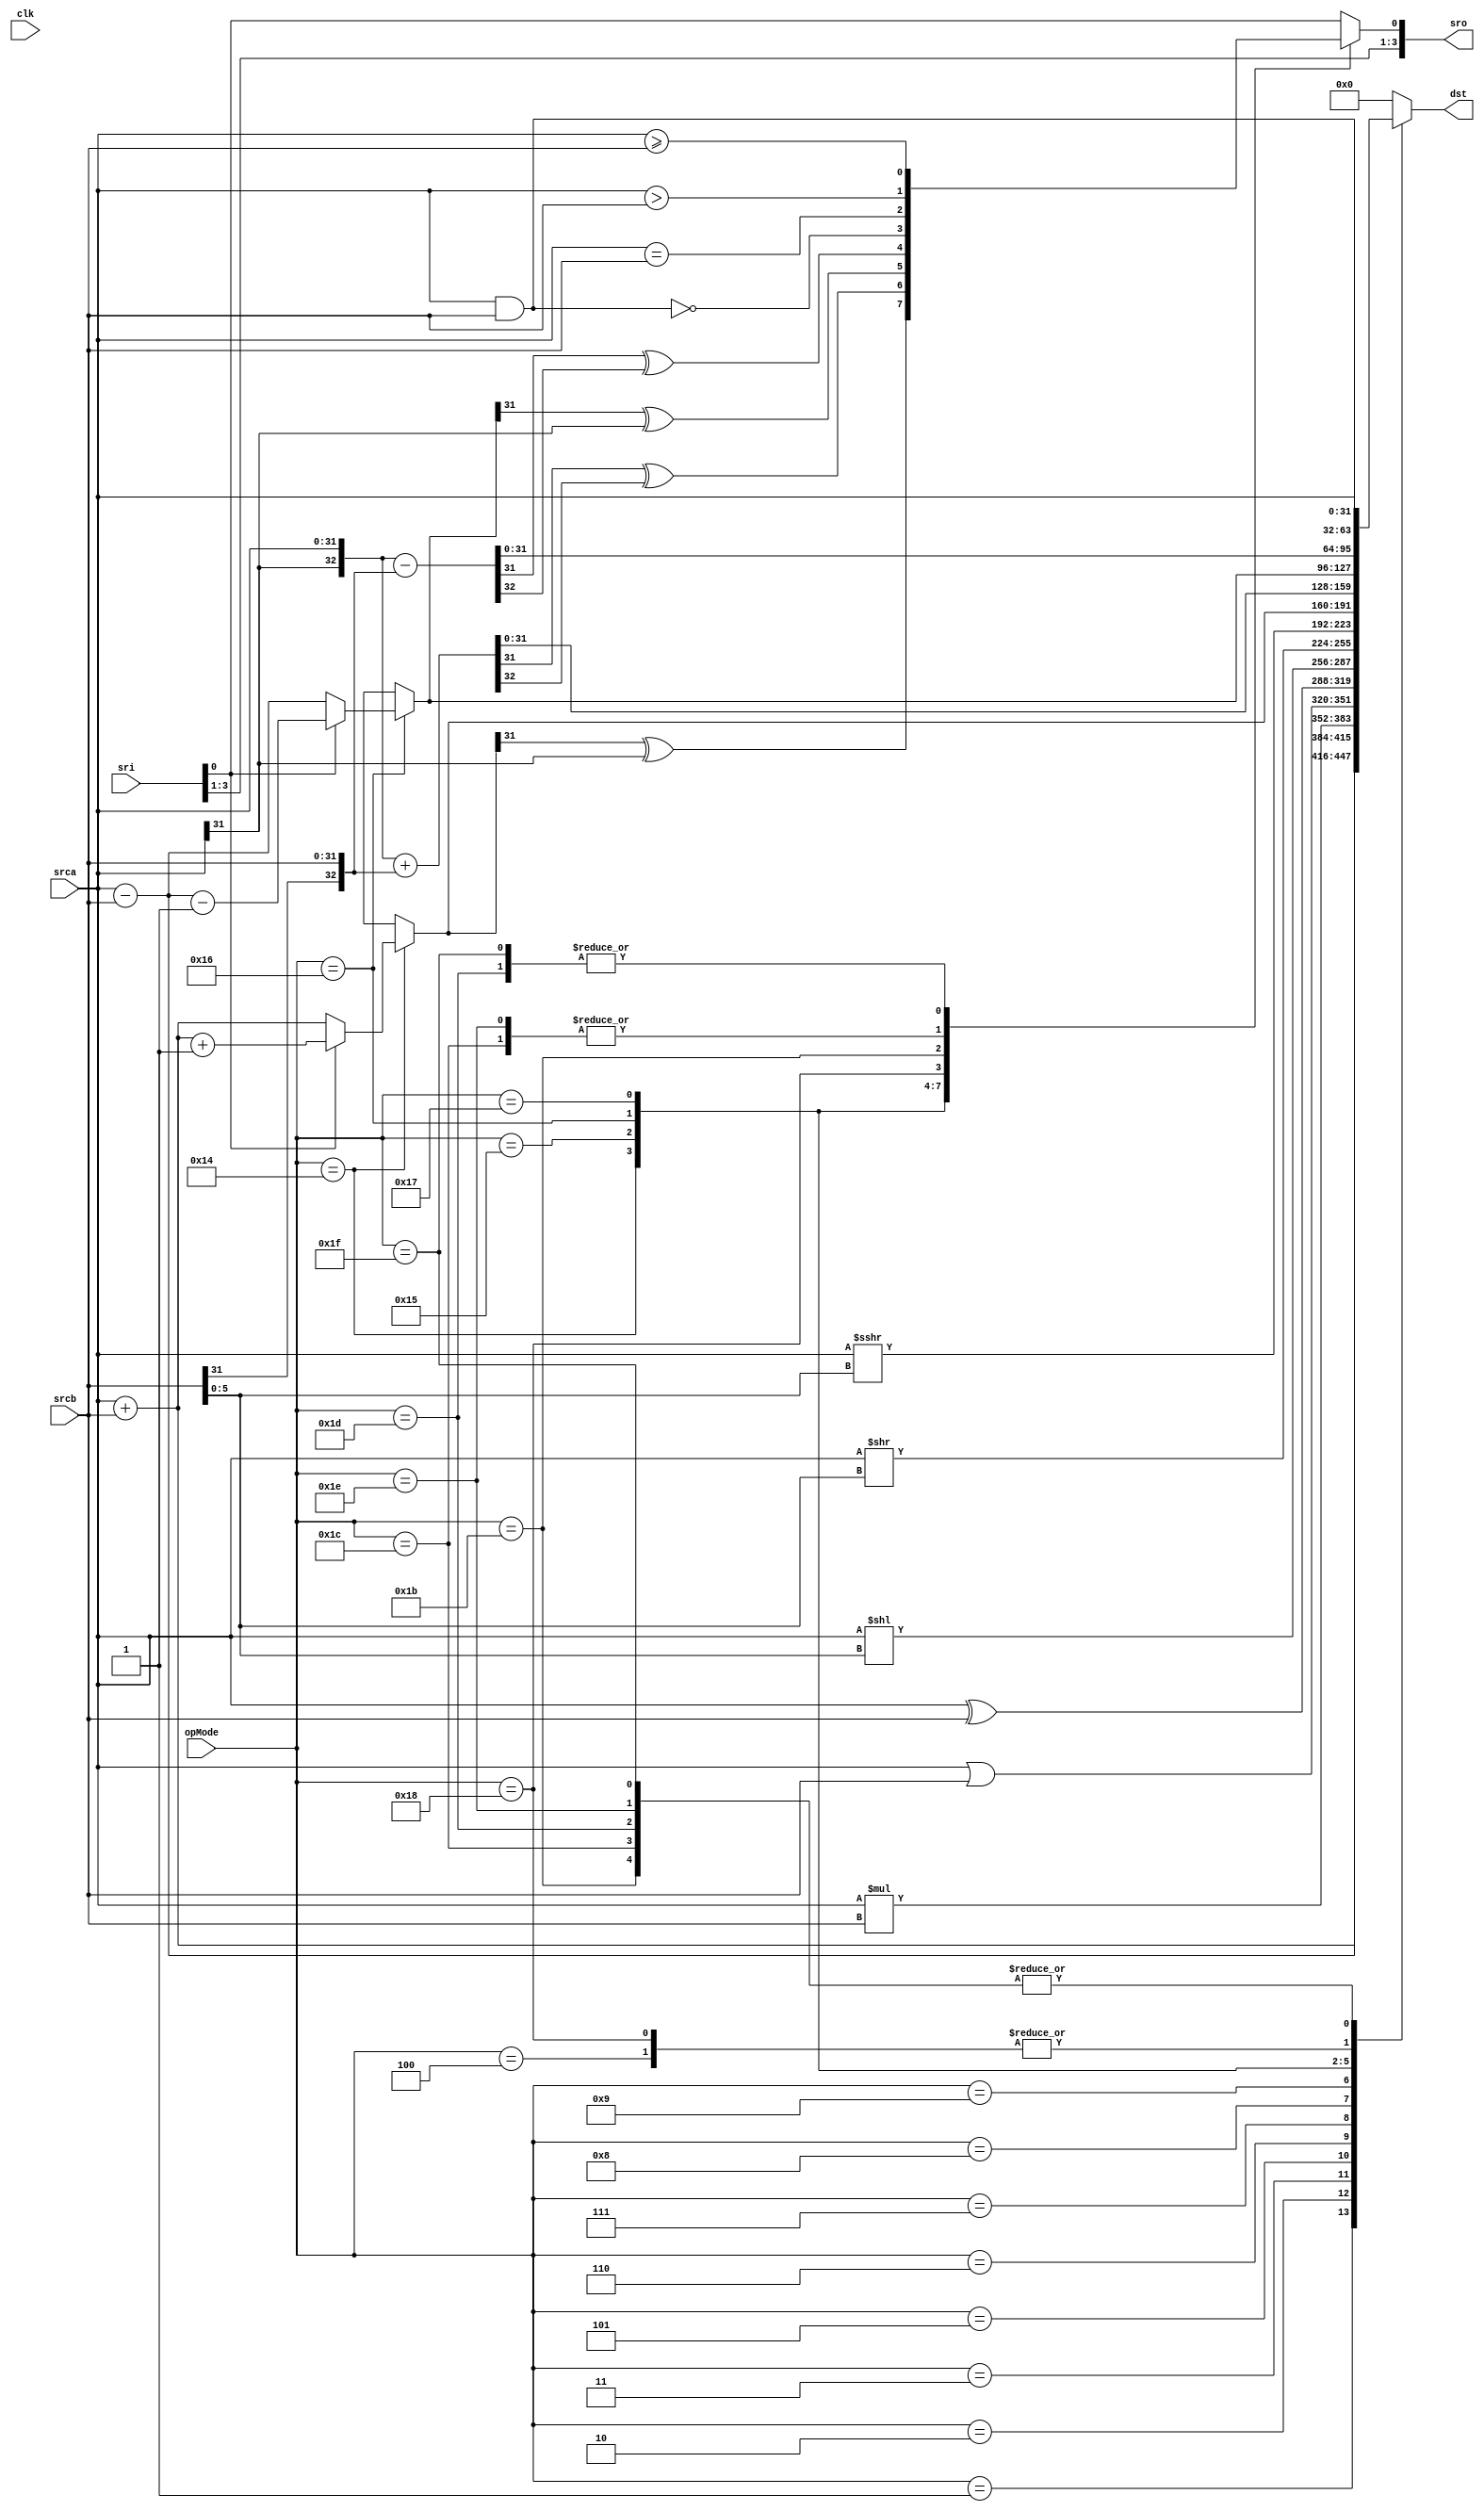
module ArithAlu(
	/* verilator lint_off UNUSED */
	clk,
	opMode,
	srca,
	srcb,
	dst,
	sri,
	sro
);

input			clk;
input[4:0] 		opMode;
input[31:0]		srca;
input[31:0]		srcb;
output[31:0]	dst;

input[3:0] 		sri;
output[3:0] 	sro;

parameter[4:0] UOP_NONE		= 5'h00;
parameter[4:0] UOP_ADD		= 5'h01;
parameter[4:0] UOP_SUB		= 5'h02;
parameter[4:0] UOP_MUL		= 5'h03;
parameter[4:0] UOP_AND		= 5'h04;
parameter[4:0] UOP_OR		= 5'h05;
parameter[4:0] UOP_XOR		= 5'h06;
parameter[4:0] UOP_SHL		= 5'h07;
parameter[4:0] UOP_SHR		= 5'h08;
parameter[4:0] UOP_SAR		= 5'h09;

parameter[4:0] UOP_ADDC		= 5'h14;
parameter[4:0] UOP_ADDV		= 5'h15;
parameter[4:0] UOP_SUBC		= 5'h16;
parameter[4:0] UOP_SUBV		= 5'h17;
parameter[4:0] UOP_TEST		= 5'h18;

parameter[4:0] UOP_CMPEQ	= 5'h1B;
parameter[4:0] UOP_CMPGT	= 5'h1C;
parameter[4:0] UOP_CMPGE	= 5'h1D;
parameter[4:0] UOP_CMPHS	= 5'h1E;
parameter[4:0] UOP_CMPHI	= 5'h1F;

/* verilator lint_off UNOPTFLAT */
reg[31:0]	tDst;
reg[5:0]	tShl;
reg[3:0] 	tSr;
reg			tCvo;

assign	dst=tDst;
assign	sro=tSr;


always @ (opMode) begin
	tSr=sri;

	case(opMode)
		UOP_ADD: begin
			tDst = srca+srcb;
		end
		UOP_SUB: begin
			tDst = srca-srcb;
		end
		UOP_MUL: begin
			tDst = srca*srcb;
		end
		UOP_AND: begin
			tDst = srca&srcb;
		end
		UOP_OR: begin
			tDst = srca|srcb;
		end
		UOP_XOR: begin
			tDst = srca^srcb;
		end

		UOP_SHL: begin
			tShl = srcb[5:0];
			tDst = srca<<tShl;
		end

		UOP_SHR: begin
			tShl = srcb[5:0];
			tDst = srca>>tShl;
		end

		UOP_SAR: begin
			tShl = srcb[5:0];
			tDst = srca>>>tShl;
		end

		UOP_ADDC: begin
			if(sri[0])
				tDst = srca+srcb+1;
			else
				tDst = srca+srcb;
			tSr[0]=tDst[31]^srca[31];
		end

		UOP_ADDV: begin
			{tCvo, tDst} = {srca[31], srca} + {srcb[31], srcb};
			tSr[0]=tDst[31]^tCvo;
		end

		UOP_SUBC: begin
			if(sri[0])
				tDst = srca-srcb-1;
			else
				tDst = srca-srcb;
			tSr[0]=tDst[31]^srca[31];
		end

		UOP_SUBV: begin
			{tCvo, tDst} = {srca[31], srca} - {srcb[31], srcb};
			tSr[0]=tDst[31]^tCvo;
		end

		UOP_TEST: begin
			tDst = srca&srcb;
			tSr[3:2]=sri[3:2];
			tSr[0]=(tDst==0);
		end

		UOP_CMPEQ: begin
			tDst = srca;
			tSr[3:2]=sri[3:2];
			tSr[0]=(srca[31:0]==srcb[31:0]);
		end

		UOP_CMPGT: begin
			tDst = srca;
			tSr[3:2]=sri[3:2];
			tSr[0]=(srca[31:0]>srcb[31:0]);
		end

		UOP_CMPGE: begin
			tDst = srca;
			tSr[3:2]=sri[3:2];
			tSr[0]=(srca[31:0]>=srcb[31:0]);
		end

		UOP_CMPHS: begin
			tDst = srca;
			tSr[3:2]=sri[3:2];
			tSr[0]=(srca[31:0]>srcb[31:0]);
		end

		UOP_CMPHI: begin
			tDst = srca;
			tSr[3:2]=sri[3:2];
			tSr[0]=(srca[31:0]>=srcb[31:0]);
		end

		default: begin
			tDst = 32'h0000_0000;
			tSr=sri;
		end
	endcase
end

endmodule